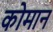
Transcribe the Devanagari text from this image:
कोमान